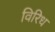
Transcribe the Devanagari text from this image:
विरिध